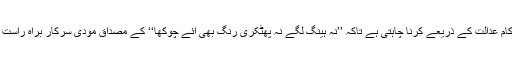
لیکن جہاں تک 35Aکو ختم کرنا کا سوال ہے ، مودی سرکار یہ کام عدالت کے ذریعے کرنا چاہتی ہے تاکہ ’’نہ ہینگ لگے نہ پھٹکری رنگ بھی آئے چوکھا‘‘ کے مصداق مودی سرکار براہ راست ذمہ دار بھی نہ ٹھہرائی جائے اور اسے اسکا کریڈ بھی حاصل ہو۔